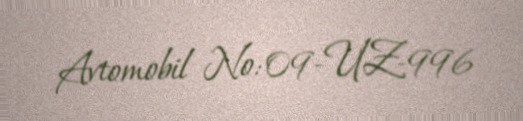
Avtomobil №: 09-UZ-996